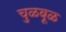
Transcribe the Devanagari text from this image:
चुळबूळ